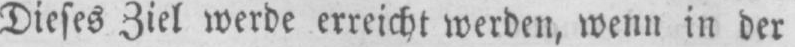
Dieses Ziel werde erreicht werden, wenn in der